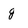
Character: g